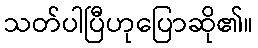
သတ်ပါပြီဟုပြောဆို၏။